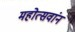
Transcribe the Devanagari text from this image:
महोत्सवांन